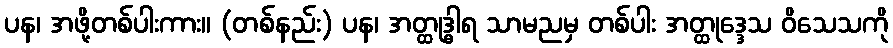
ပန၊ အဖို့တစ်ပါးကား။ (တစ်နည်း) ပန၊ အတ္ထုဒ္ဓါရ သာမညမှ တစ်ပါး အတ္ထုဒ္ဒေသ ဝိသေသကို